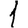
Digit: 1